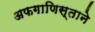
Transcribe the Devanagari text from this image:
अफगाणिस्ताने